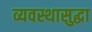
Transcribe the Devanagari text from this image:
व्यवस्थासुद्धा